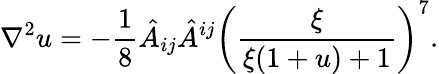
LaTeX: \nabla^{2}u=-\frac{1}{8}\hat{A}_{ij}\hat{A}^{ij}\left(\frac{\xi}{\xi(1+u)+1}\right)^{7}.